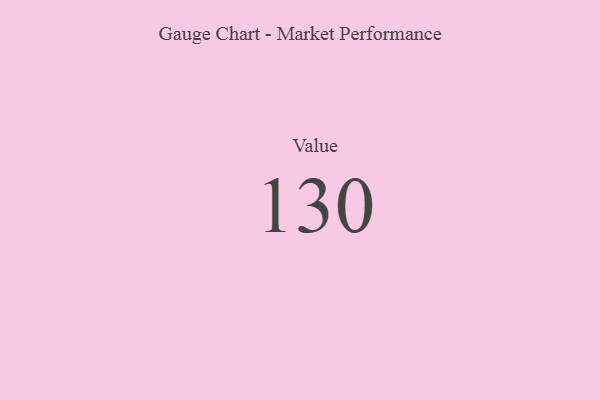
{"axis": {"x": "Metric", "y": "Value"}, "legend": [""], "data": [{"x": "Value", "y": 130, "type": ""}]}